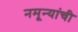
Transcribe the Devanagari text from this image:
नमून्यांची